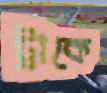
ট্রাকে